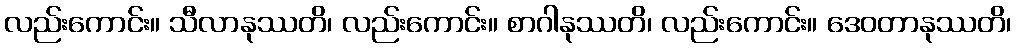
လည်းကောင်း။ သီလာနုဿတိ၊ လည်းကောင်း။ စာဂါနုဿတိ၊ လည်းကောင်း။ ဒေဝတာနုဿတိ၊